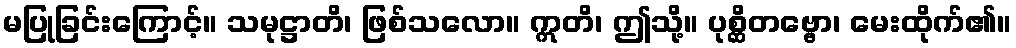
မပြုခြင်းကြောင့်။ သမုဋ္ဌာတိ၊ ဖြစ်သလော။ ဣတိ၊ ဤသို့။ ပုစ္ဆိတဗ္ဗော၊ မေးထိုက်၏။